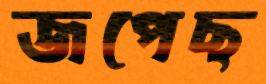
জপেছ